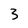
Character: 3